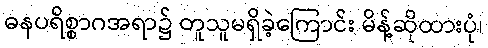
ဓနပရိစ္စာဂအရာ၌ တူသူမရှိခဲ့ကြောင်း မိန့်ဆိုထားပုံ၊